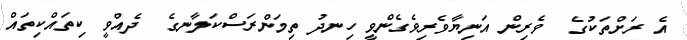
އެ ރަށްތަކުގެ  ވެރިން އަނިޔާވެރިވެގެންވީ ހިނދު ތިމަންރަސްކަލާނގެ  ދެއްވީ ކިތައްކިތައް